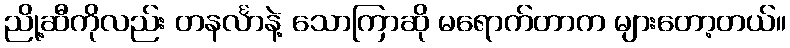
ညို့ဆီကိုလည်း တနင်္လာနဲ့ သောကြာဆို မရောက်တာက များတော့တယ်။